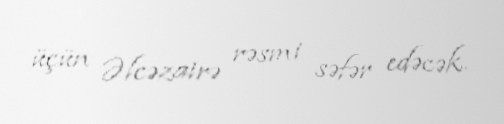
üçün Əlcəzairə rəsmi səfər edəcək.